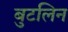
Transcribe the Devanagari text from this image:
बुटलिन